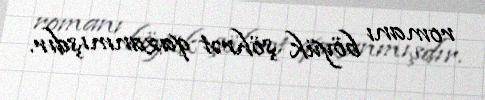
romanı böyük şöhrət qazanmışdır.